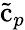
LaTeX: \tilde{\mathrm{c}}_{p}